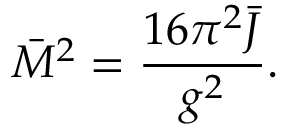
\bar { M } ^ { 2 } = { \frac { 1 6 \pi ^ { 2 } \bar { J } } { g ^ { 2 } } } .